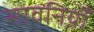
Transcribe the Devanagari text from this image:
सावनिय़ाँ